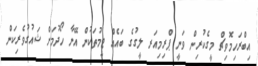
އިބްރަހިމޮވިޗް މީގެކުރިން ވަނީ ޕްރިމިއަރ ލީގުގެ ބައެއް ޓީމުތަކުން އޭނާ ހޯދުމަށް ޝައުގުވެރިކަން